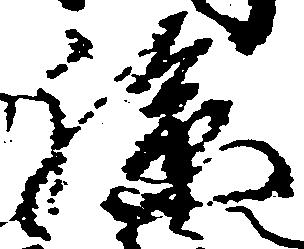
孫